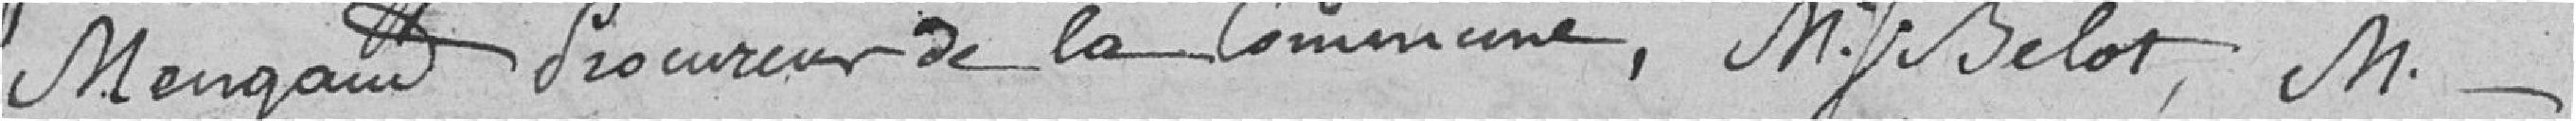
Mengaud, procureur de la commune, monsieur J. Belot, monsieur